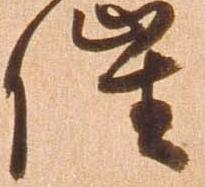
催